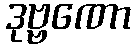
ဒုဗ္ဗဏော